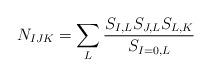
LaTeX: \begin{align*}N_{IJK}=\sum_L{\frac{{S_{I,L}S_{J,L}S_{L,K}}}{S_{I=0,L}}} \end{align*}